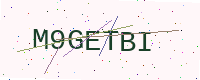
Text: M9GETBI